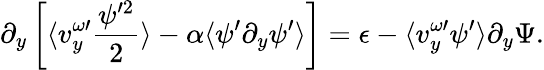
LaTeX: \partial_{y}\left[\langle v_{y}^{\omega\prime}\frac{\psi^{\prime 2}}{2}\rangle-\alpha\langle\psi^{\prime}\partial_{y}\psi^{\prime}\rangle\right]=\epsilon-\langle v_{y}^{\omega\prime}\psi^{\prime}\rangle\partial_{y}\Psi.